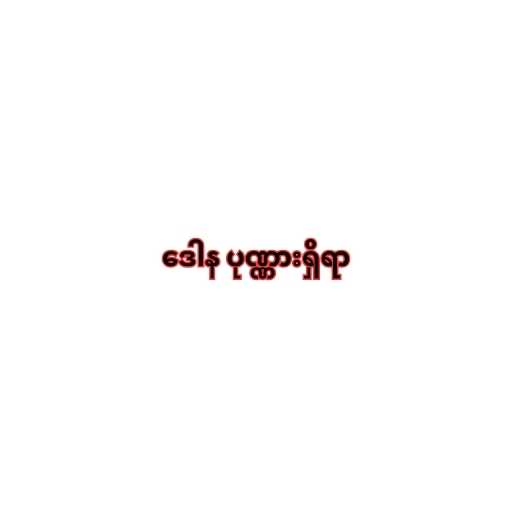
ဒေါန ပုဏ္ဏားရှိရာ